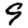
Digit: 9